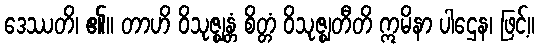
ဒေဿတိ၊ ၏။ တာဟိ ဝိသုဇ္ဈန္တံ စိတ္တံ ဝိသုဇ္ဈတီတိ ဣမိနာ ပါဌေန၊ ဖြင့်။